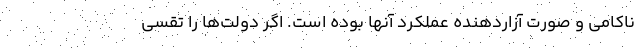
ناکامی و صورت آزاردهنده عملکرد آنها بوده است. اگر دولت‌ها را تقسی